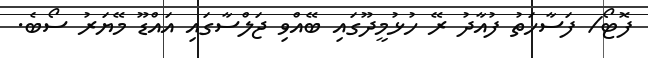
ފޮޓޯ/ ފަސާހަތު ފުއާދު ރޭ ހުޅުމީދޫގައި ބޭއްވި ޖަލްސާގައި އައްޑޫ މޭޔަރު ސޯބެ.